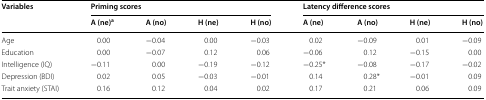
| <ROWSPAN=2> Variables | <COLSPAN=4> Priming scores | <COLSPAN=4> Latency difference scores |
 | A (ne)a | A (no) | H (ne) | H (no) | A (ne) | A (no) | H (ne) | H (no) |
 | --- | --- | --- | --- | --- | --- | --- | --- | --- |
 | Age | 0.00 | −0.04 | 0.00 | −0.03 | 0.02 | −0.09 | 0.01 | −0.09 |
 | Education | 0.00 | −0.07 | 0.12 | 0.06 | −0.06 | 0.12 | −0.15 | 0.00 |
 | Intelligence (IQ) | −0.11 | 0.00 | −0.19 | −0.12 | −0.25* | −0.08 | −0.17 | −0.02 |
 | Depression (BDI) | 0.02 | 0.05 | −0.03 | −0.01 | 0.14 | 0.28* | −0.01 | 0.09 |
 | Trait anxiety (STAI) | 0.16 | 0.12 | 0.04 | 0.02 | 0.17 | 0.21 | 0.06 | 0.09 |